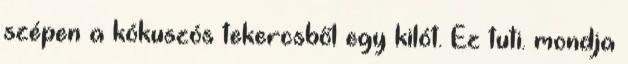
szépen a kókuszós tekercsből egy kilót. Ez tuti. mondja